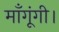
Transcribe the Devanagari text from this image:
माँगूंगी।